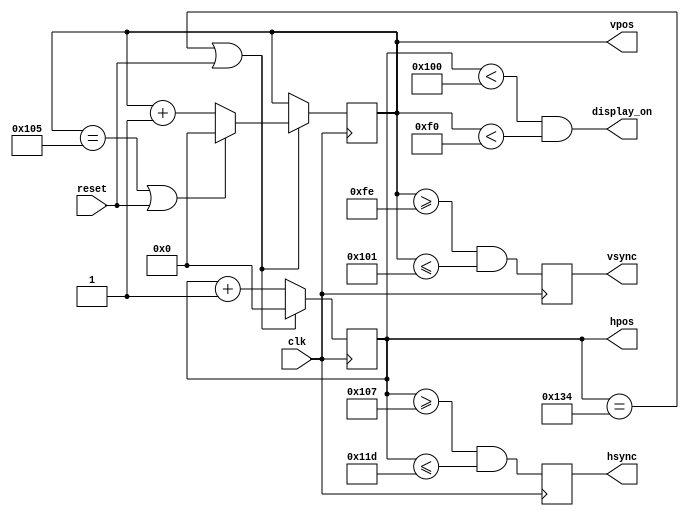
`ifndef _8BIT_HVSYNC_GENERATOR_V
`define _8BIT_HVSYNC_GENERATOR_V

module hvsync_generator(clk, reset, hsync, vsync, display_on, hpos, vpos);
   input clk;
   input reset;
   output reg hsync, vsync;  // hsync and vsync outptus
   output display_on;    // current pixel is in a displayable area
   output reg [8:0] hpos;
   output reg [8:0] vpos;
   
   parameter H_DISPLAY = 256; // horizontal display width
   parameter H_BACK    =  23; // left border (back porch)
   parameter H_FRONT   =   7; // right border (front porch)
   parameter H_SYNC    =  23; // horizontal sync width

   parameter V_DISPLAY = 240; // vertical display height
   parameter V_TOP     =   4; // vertical top border
   parameter V_BOTTOM  =  14; // vertical bottom border
   parameter V_SYNC    =   4; // vertical sync num lines

   localparam H_SYNC_START = H_DISPLAY + H_FRONT;
   localparam H_SYNC_END   = H_DISPLAY + H_FRONT + H_SYNC - 1;
   localparam H_MAX        = H_DISPLAY + H_BACK + H_FRONT + H_SYNC - 1;
   
   localparam V_SYNC_START = V_DISPLAY + V_BOTTOM;
   localparam V_SYNC_END   = V_DISPLAY + V_BOTTOM + V_SYNC - 1;
   localparam V_MAX        = V_DISPLAY + V_TOP + V_BOTTOM + V_SYNC - 1;

   wire hmaxxed = (hpos == H_MAX) || reset;
   wire vmaxxed = (vpos == V_MAX) || reset;

   // horizontal position counter (hpos)
   always @(posedge clk)
     begin
	hsync <= (hpos >= H_SYNC_START && hpos <= H_SYNC_END);
	if (hmaxxed)
	  hpos <= 0;
	else
	  hpos <= hpos + 1;
     end

   // vertical position counter (vpos)
   always @(posedge clk)
     begin
	vsync <= (vpos >= V_SYNC_START && vpos <= V_SYNC_END);
	if (hmaxxed)
	  if (vmaxxed)
	    vpos <= 0;
	  else
	    vpos <= vpos + 1;
     end

   assign display_on = (hpos < H_DISPLAY) && (vpos < V_DISPLAY);
endmodule // hvsync_generator

`endif